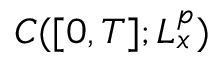
C ( [ 0 , T ] ; L _ { x } ^ { p } )